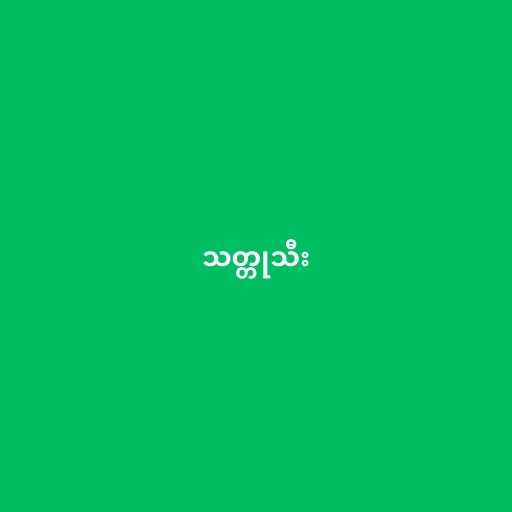
သတ္တုသီး